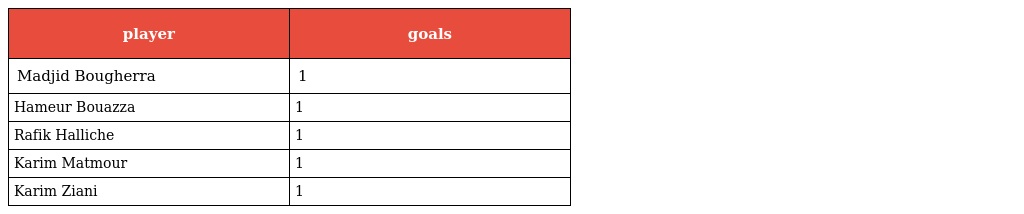
| player | goals |
 | --- | --- |
 | Madjid Bougherra | 1 |
 | Hameur Bouazza | 1 |
 | Rafik Halliche | 1 |
 | Karim Matmour | 1 |
 | Karim Ziani | 1 |